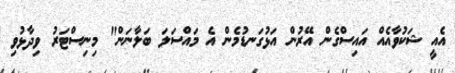
އެއީ ޝަކުވާއެއް އައިސްގެން އޭރުން އަޅުގަނޑުމެން އެ މައްސަލަ ބަލާނަން" މިނިސްޓަރު ވިދާޅުވި